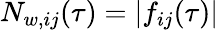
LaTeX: N_{w,ij}(\tau)=|f_{ij}(\tau)|